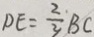
D E = \frac { 2 } { 3 } B C